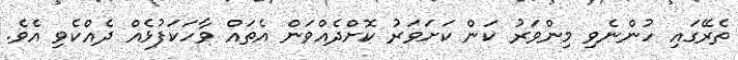
ތެރޭގައި ހުންނެވި މިންވަރު ކަން ކަށަވަރު ކޮށްދެއްވަން އެތައް ވާހަކަފުޅެއް ދެއްކެވި އެވެ.